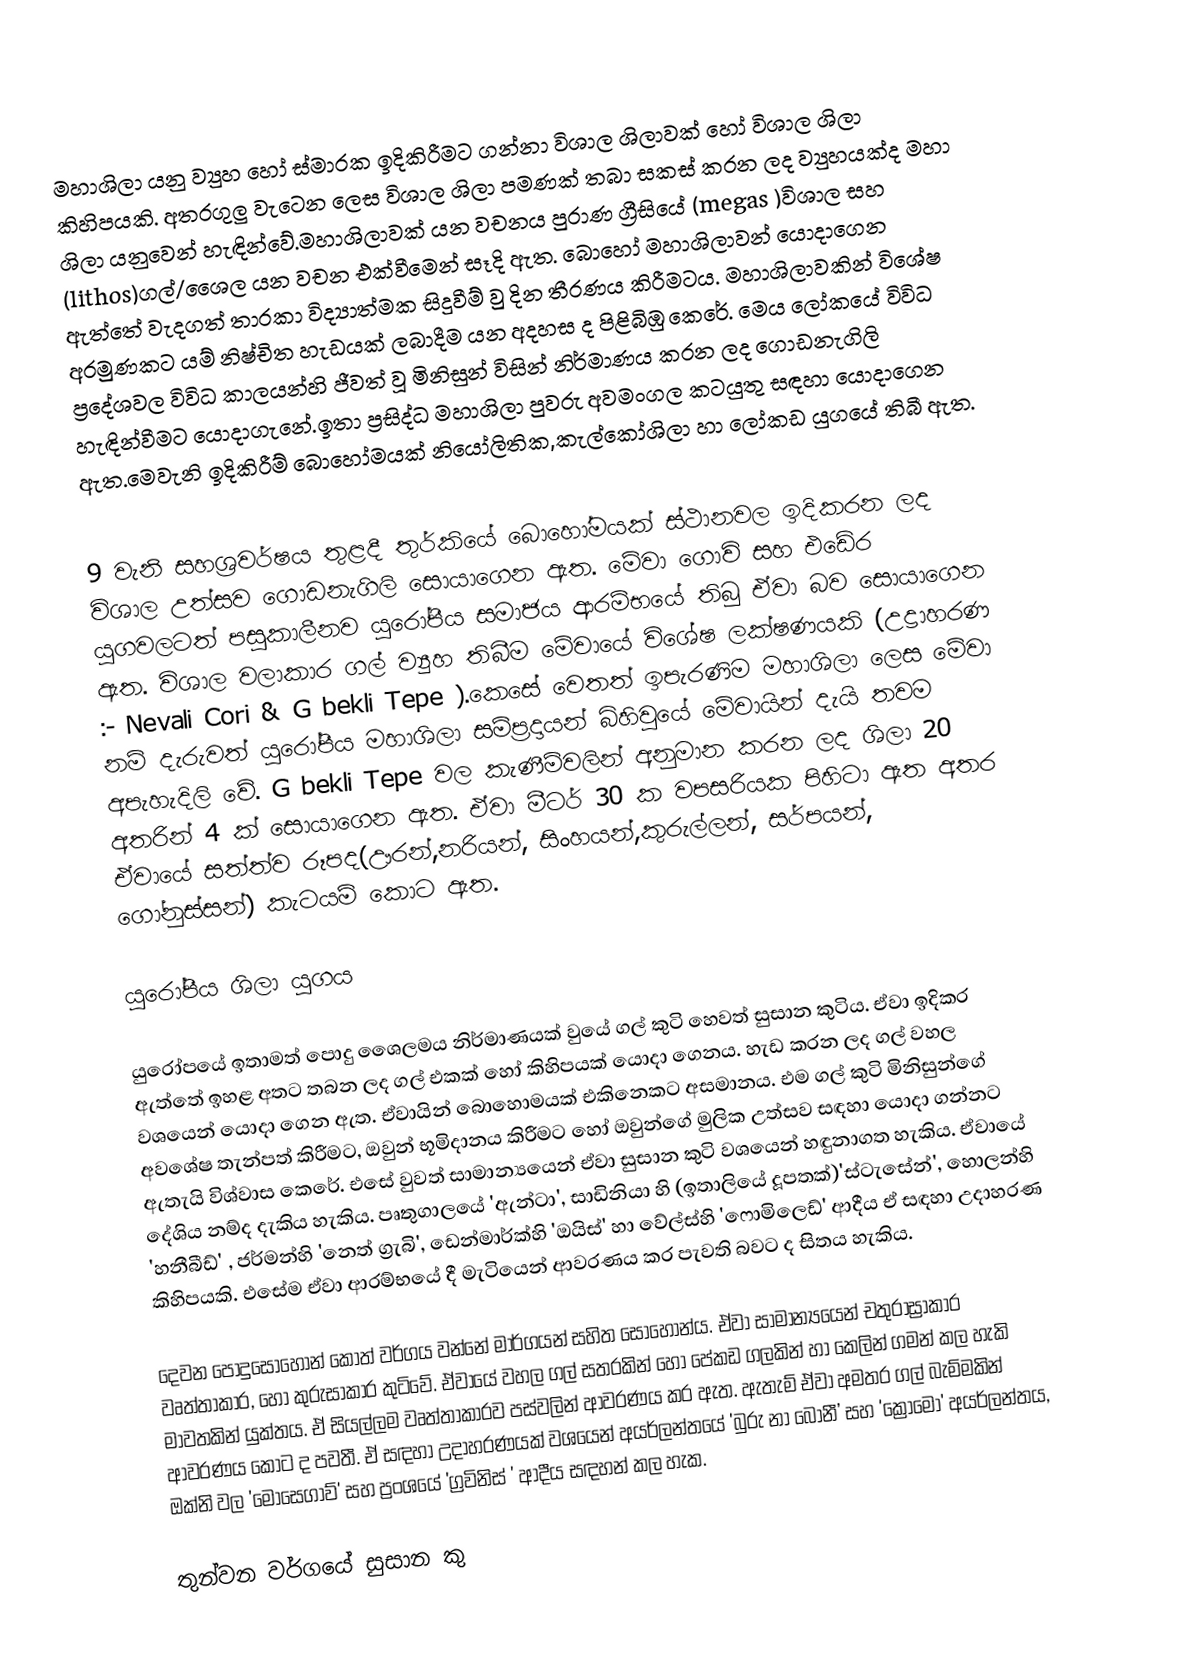
මහාශිලා යනු ව්‍යුහ හෝ ස්මාරක ඉදිකිරීමට ගන්නා විශාල ශිලාවක් හෝ විශාල ශිලා කිහිපයකි. අතරගුලු වැටෙන ලෙස විශාල ශිලා පමණක් තබා සකස් කරන ලද ව්‍යුහයක්ද මහා ශිලා යනුවෙන් හැඳින්වේ.මහාශිලාවක් යන වචනය පුරාණ ග්‍රීසියේ (megas )විශාල සහ (lithos)ගල්/ශෛල යන වචන එක්වීමෙන් සෑදි ඇත. බොහෝ මහාශිලාවන් යොදාගෙන ඇත්තේ වැදගත් තාරකා විද්‍යාත්මක සිදුවීම් වු දින තීරණය කිරීමටය. මහාශිලාවකින් විශේෂ අරමුණකට යම් නිෂ්චිත හැඩයක් ලබාදීම යන අදහස ද පිළිබිඹු කෙරේ. මෙය ලෝකයේ විවිධ ප්‍රදේශවල විවිධ කාලයන්හි ජීවත් වූ මිනිසුන් විසින් නිර්මාණය කරන ලද ගොඩනැගිලි හැඳින්වීමට යොදාගැනේ.ඉතා ප්‍රසිද්ධ මහාශිලා පුවරු අවමංගල කටයුතු සඳහා යොදාගෙන ඇත.මෙවැනි ඉදිකිරීම් බොහෝමයක් නියෝලිතික,කැල්කෝශිලා හා ලෝකඩ යුගයේ  තිබී ඇත.

9 වැනි සහශ්‍රවර්ෂය තුළදී තුර්කියේ බොහෝමයක් ස්ථානවල ඉදිකරන ලද විශාල උත්සව ගොඩනැගිලි සොයාගෙන ඇත. මේවා ගොවි සහ එඩේර යුගවලටත් පසුකාලීනව යුරෝපීය සමාජය ආරම්භයේ තිබු ඒවා බව සොයාගෙන ඇත. විශාල වලාකාර ගල් ව්‍යුහ තිබීම මේවායේ විශේෂ ලක්ෂණයකි (උද්‍රාහරණ :- Nevali Cori & G bekli Tepe ).කෙසේ වෙතත් ඉපැරණිම මහාශිලා ලෙස මේවා නම් දැරුවත් යුරෝපීය මහාශිලා සම්ප්‍රදායන් බිහිවුයේ මේවායින් දැයි තවම අපැහැදිලි වේ. G bekli Tepe වල කැණීම්වලින් අනුමාන කරන ලද ශිලා 20 අතරින් 4 ක් සොයාගෙන ඇත. ඒවා මීටර් 30 ක වපසරියක පිහිටා ඇත අතර ඒවායේ සත්ත්ව රූපද(ඌරන්,නරියන්, සිංහයන්,කුරුල්ලන්, සර්පයන්, ගෝනුස්සන්) කැටයම් කොට ඇත.

යුරෝපීය ශිලා යුගය

යුරෝපයේ ඉතාමත් පොදු ශෛලමය නිර්මාණයක් වුයේ ගල් කුටි හෙවත් සුසාන කුටිය. ඒවා ඉදිකර ඇත්තේ ඉහළ අතට තබන ලද ගල් එකක් හෝ කිහිපයක් යොදා ගෙනය. හැඩ කරන ලද ගල් වහල වශයෙන් යොදා ගෙන ඇත. ඒවායින් බො‍හොමයක් එකිනෙකට අසමානය. එම ගල් කුටි මිනිසුන්ගේ අවශේෂ තැන්පත් කිරීමට, ඔවුන් භූමිදානය කිරීමට හෝ ඔවුන්ගේ මුලික උත්සව සඳහා යොදා ගන්නට ඇතැයි විශ්වාස කෙරේ. එසේ වුවත් සාමාන්‍යයෙන් ඒවා සුසාන කුටි වශයෙන් හඳුනාගත හැකිය. ඒවායේ දේශිය නම්ද දැකිය හැකිය. පෘතුගාලයේ 'ඇන්ටා', සාඩිනියා හි (ඉතාලියේ දූපතක්)'ස්ටැසේන්', හොලන්හි 'හනීබීඩ්' , ජර්මන්හි 'නෙත් ග්‍රැබි', ඩෙන්මාර්ක්හි 'ඔයිස්' හා වේල්ස්හි 'ෆොමිලෙඩ්' ආදීය ඒ සඳහා උදාහරණ කිහිපයකි. එසේම ඒවා ආරම්භ‍යේ දී මැටියෙන් ආවරණය කර පැවති බවට ද සිතය හැකිය.

දෙවන පොදු‍‍සොහොන් කොත් වර්ගය වන්නේ  මාර්ගයන් සහිත සොහොන්ය. ඒවා සාමාන්‍යයෙන් චතුරාස්‍රාකාර වෘත්තාකාර, හෝ කුරුසාකාර කුටිවේ.  ඒවායේ වහල ගල් සතරකින් හෝ පේකඩ ගලකින් හා කෙලින් ගමන් කල හැකි මාවතකින් යුක්තය.  ඒ සියල්ලම වෘත්තාකාරව පස්වලින් ආවරණය කර ඇත. ඇතැම් ඒවා අමතර ගල් බැම්මකින් ආවරණය කොට ද පවතී. ඒ සඳහා උදාහරණයක් වශයෙන් අයර්ලන්තයේ 'බුරු නා බොනී’ සහ 'ක්‍රොමො' අයර්ලන්තය, ඔක්නි වල 'මොස‍්ගොව්' සහ ප්‍රංශයේ 'ග්‍රවිනිස් ' ආදීය සඳහන් කල හැක.

තුන්වන වර්ගයේ සුසාන කු